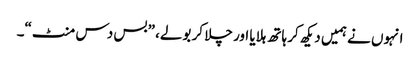
انہوں نے ہمیں دیکھ کر ہاتھ ہلایا اور چلا کر بولے، ”بس دس منٹ“۔